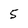
Character: 5